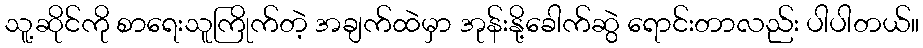
သူ့ဆိုင်ကို စာရေးသူကြိုက်တဲ့ အချက်ထဲမှာ အုန်းနို့ခေါက်ဆွဲ ရောင်းတာလည်း ပါပါတယ်။